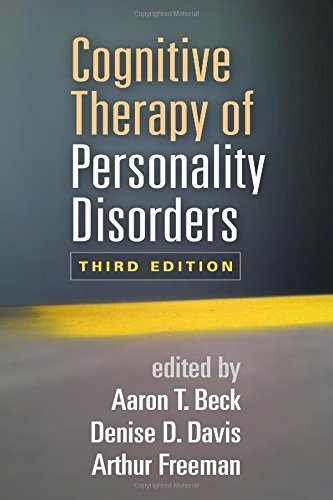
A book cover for Cognitive Therapy of Personality Disorders, Third Edition; Medical Books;